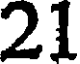
21